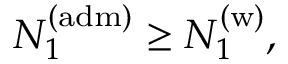
N _ { 1 } ^ { ( \mathrm { a d m ) } } \geq N _ { 1 } ^ { \mathrm { ( w ) } } ,